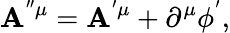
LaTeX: \mathbf{A}^{^{\prime\prime}\mu}=\mathbf{A}^{^{\prime}\mu}+\partial^{\mu}\phi^{^{\prime}},